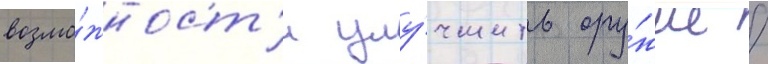
возмо́жност'и улу́чшить ору́жие /